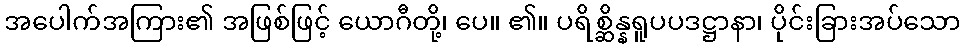
အပေါက်အကြား၏ အဖြစ်ဖြင့် ယောဂီတို့၊ ပေ။ ၏။ ပရိစ္ဆိန္နရူပပဒဋ္ဌာနာ၊ ပိုင်းခြားအပ်သော